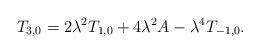
LaTeX: \begin{align*}T_{3,0}=2\lambda^2 T_{1,0}+4\lambda^2 A-\lambda ^4T_{-1,0}.\end{align*}